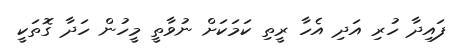
ފައިދާ ހުރި އަދި އެހާ ރީތި ކަމަކަށް ނުވާތީ މީހުން ހަދާ ގޮތަކީ